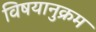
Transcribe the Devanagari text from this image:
विषयानुक्रम